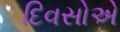
દિવસોએ